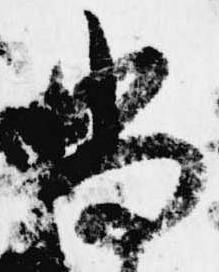
尚